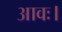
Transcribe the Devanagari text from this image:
आवः।